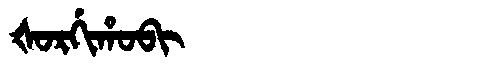
Manchu: ᡧᠣᡵᡤᡳᡥᠣᠪᡳ
Romanization: ŠORGIHOBI